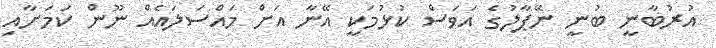
އުރުބާނީ ބުނީ ނޭޕާލުގެ އަވަސް ކުޅުމަކީ އޭނާ އަށް މައްސަލައެއް ނޫން ކަމަށާއި